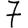
Digit: 7